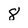
Character: 8